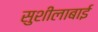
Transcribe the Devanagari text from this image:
सुशीलाबाई